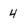
Character: 4